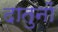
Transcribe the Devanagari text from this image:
दातुनों